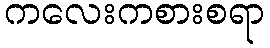
ကလေးကစားစရာ